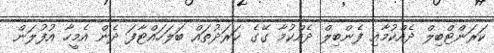
ކަރަންޓްބިލް ދެއްކުމާއި ފެންބިލް ދެއްކުމާ ގޭގެ ޚަރަދުތައް ބަލަހައްޓާފަ ދެން އެމީހާ އުފުލަން